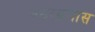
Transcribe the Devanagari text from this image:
जठरव्रणास